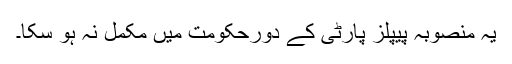
یہ منصوبہ پیپلز پارٹی کے دورحکومت میں مکمل نہ ہو سکا۔